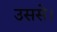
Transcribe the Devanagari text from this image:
उससे।